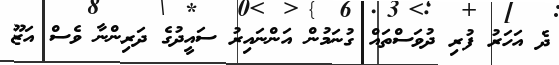
ދެ އަހަރު ފުރި ދުވަސްތައް ގުނަމުން އަންނައިރު ސައީދުގެ ދަރިންނާ ވެސް އަޒޫ